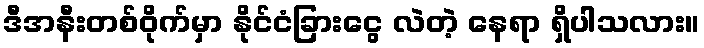
ဒီအနီးတစ်ဝိုက်မှာ နိုင်ငံခြားငွေ လဲတဲ့ နေရာ ရှိပါသလား။